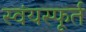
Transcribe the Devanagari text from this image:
स्वंयस्फूर्त